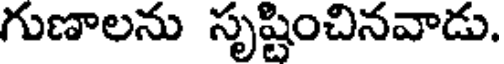
గుణాలను సృష్టించినవాడు.